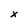
Character: X